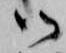
御